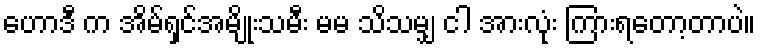
ဟောဒီ က အိမ်ရှင်အမျိုးသမီး မမ သိသမျှ ငါ အားလုံး ကြားရတော့တာပဲ။